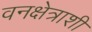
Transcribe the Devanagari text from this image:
वनक्षेत्राशी